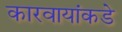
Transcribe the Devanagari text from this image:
कारवायांकडे